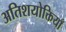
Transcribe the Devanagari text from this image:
अतिशयोक्तियाँ